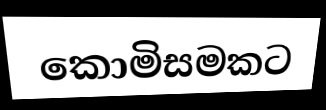
කොමිසමකට